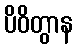
ပိဝိတွာန